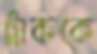
ট্রাককে